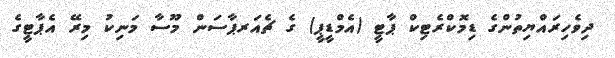
ދިވެހިރައްޔިތުންގެ ޑިމޮކްރެޓިކް ޕާޓީ (އެމްޑީޕީ) ގެ ޗެއަރޕާސަން މޫސާ މަނިކު މިރޭ އެޕާޓީގެ